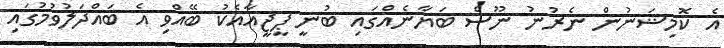
އެ ކޮމިޝަނުން ނެރުނު ނޫސް ބަޔާނެއްގައި ބުނީ ޕީޖީއާއެކު ބޭއްވި އެ ބައްދަލުވުމުގައި